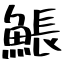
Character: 𩸕